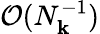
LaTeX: \mathcal{O}(N_{\mathbf{k}}^{-1})